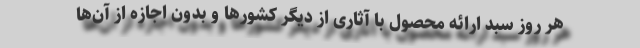
هر روز سبد ارائه محصول با آثاری از دیگر کشورها و بدون اجازه از آن‌ها